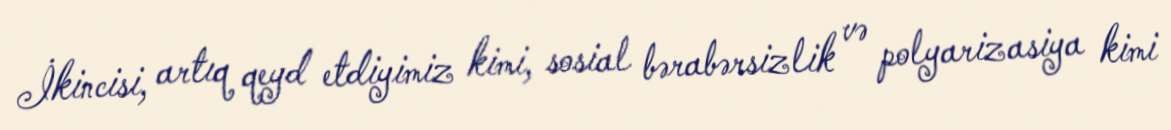
İkincisi, artıq qeyd etdiyimiz kimi, sosial bərabərsizlik və polyarizasiya kimi